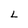
Character: L